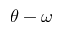
\theta - \omega